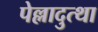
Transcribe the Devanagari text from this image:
पेल्लादुत्था